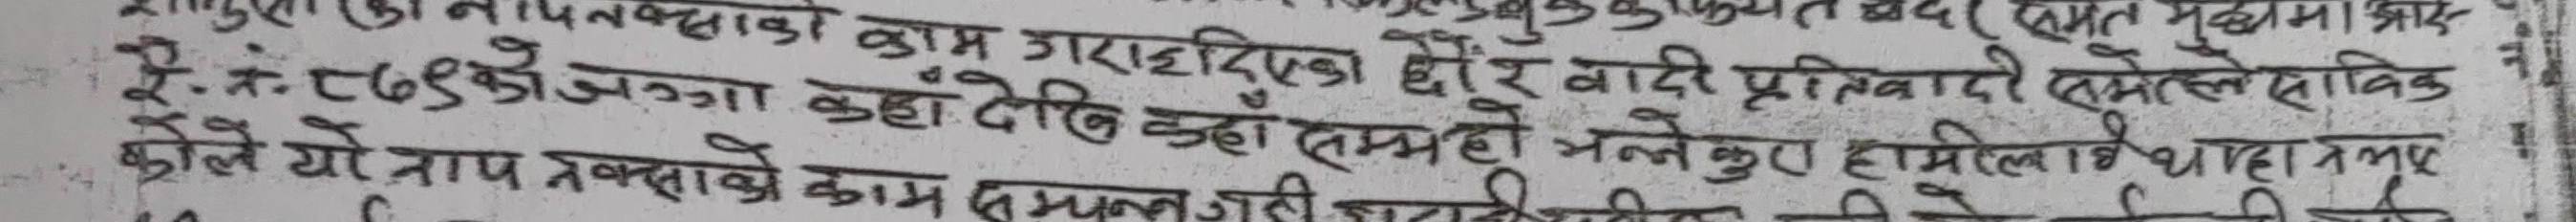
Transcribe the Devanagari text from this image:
२.नं.
समत मुधमा आर
पनक्साको काम गराइदिएका छौं र वादी प्रतिवादी समेतले साविक के
८७९ को जग्गा कहाँ देखि कहाँ सम्म हो भन्नेकुरा हामीलाई थाहा नभए
कोले यो नाप नक्साको काम सम्पन्न जहा
٢٥